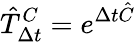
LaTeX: \hat{T}_{\Delta t}^{C}=e^{\Delta t\hat{C}}